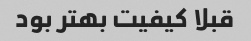
قبلا کیفیت بهتر بود